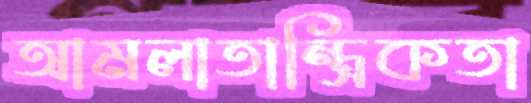
আমলাতান্ত্রিকতা